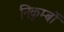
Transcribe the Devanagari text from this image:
निकुम्बों